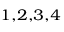
^ { 1 , 2 , 3 , 4 }